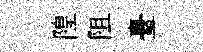
隍阻臺